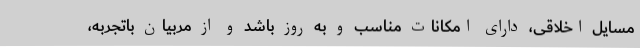
مسایل اخلاقی، دارای امکانات مناسب و به روز باشد و از مربیان باتجربه،